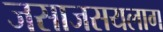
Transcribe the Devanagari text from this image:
जसाजसयलाग